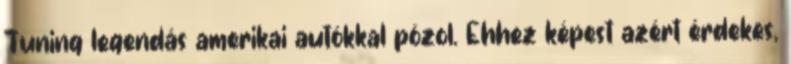
Tuning legendás amerikai autókkal pózol. Ehhez képest azért érdekes,